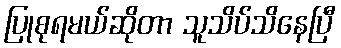
ပြုစုရမယ်ဆိုတာ သူသိပ်သိနေပြီ